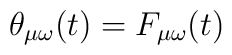
\theta _{\mu \omega }(t) = F_{\mu \omega}(t)